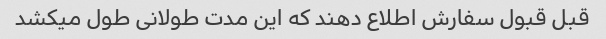
قبل قبول سفارش اطلاع دهند که این مدت طولانی طول میکشد